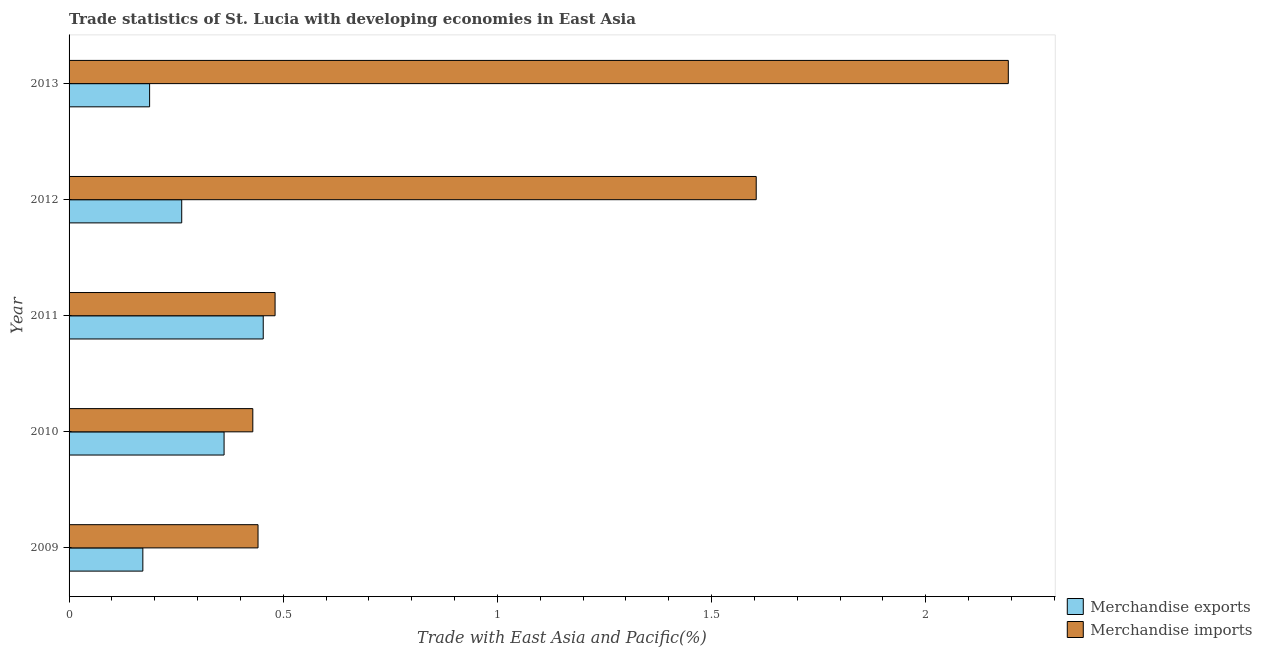
| Year | Merchandise exports | Merchandise imports |
 | --- | --- | --- |
 | 2009 | 0.172 | 0.441 |
 | 2010 | 0.362 | 0.429 |
 | 2011 | 0.453 | 0.481 |
 | 2012 | 0.263 | 1.6 |
 | 2013 | 0.188 | 2.19 |